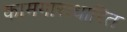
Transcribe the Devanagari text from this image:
कामगाराधारित